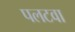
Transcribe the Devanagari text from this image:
पलटवा